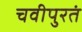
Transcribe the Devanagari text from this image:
चवीपुरतं